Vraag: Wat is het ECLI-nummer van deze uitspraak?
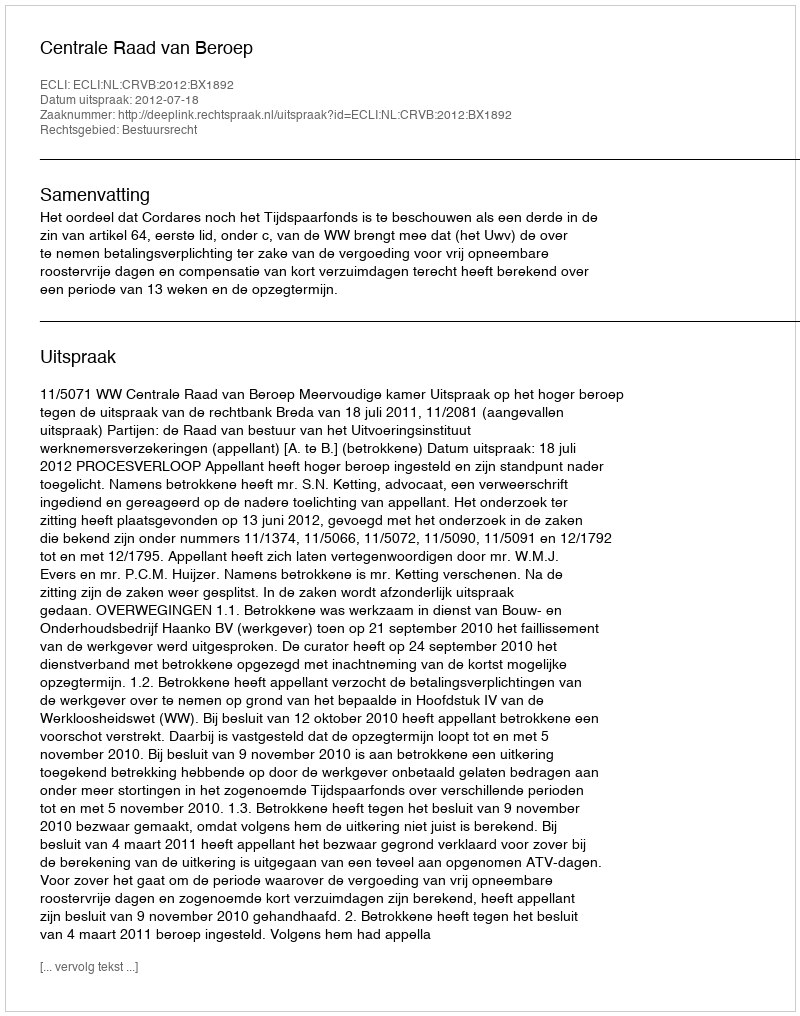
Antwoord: ECLI:NL:CRVB:2012:BX1892